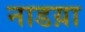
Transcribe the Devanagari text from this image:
नाडय़ा